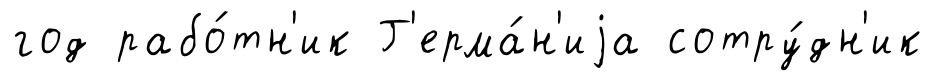
год рабо́тн'ик Г'ерма́н'иjа сотру́дн'ик